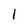
Character: l